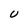
Character: U